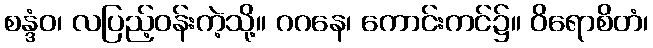
စန္ဒံဝ၊ လပြည့်ဝန်းကဲ့သို့။ ဂဂနေ၊ ကောင်းကင်၌။ ဝိရောစိတံ၊